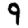
Digit: 9